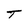
Character: T